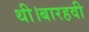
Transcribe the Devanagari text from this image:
थी।बारहवी